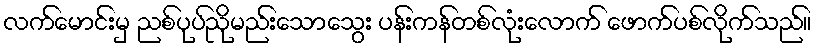
လက်မောင်းမှ ညစ်ပုပ်ညိုမည်းသောသွေး ပန်းကန်တစ်လုံးလောက် ဖောက်ပစ်လိုက်သည်။